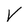
Character: V